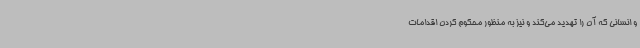
و انسانی که آن را تهدید می‌کند و نیز به منظور محکوم کردن اقدامات